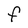
Character: F